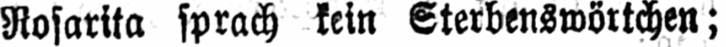
Rosarita sprach kein Sterbenswörtchen;